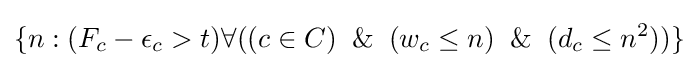
\{n:(F_{c}-\epsilon _{c}>t)\forall ((c\in C)\And (w_{c}\leq n)\And (d_{c}\leq n^{2}))\}